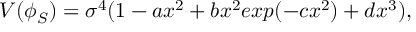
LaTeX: V ( \phi _ { S } ) = \sigma ^ { 4 } ( 1 - a x ^ { 2 } + b x ^ { 2 } e x p ( - c x ^ { 2 } ) + d x ^ { 3 } ) ,